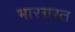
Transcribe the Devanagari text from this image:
भारग्रस्त